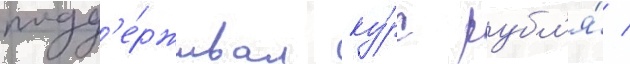
подд'е́рживал ку́рс рубл'я́ /